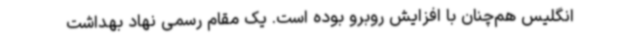
انگلیس هم‌چنان با افزایش روبرو بوده است. یک مقام رسمی نهاد بهداشت